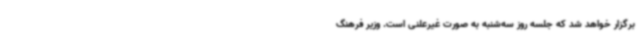
برگزار خواهد شد که جلسه روز سه‌شنبه به صورت غیرعلنی است. وزیر فرهنگ